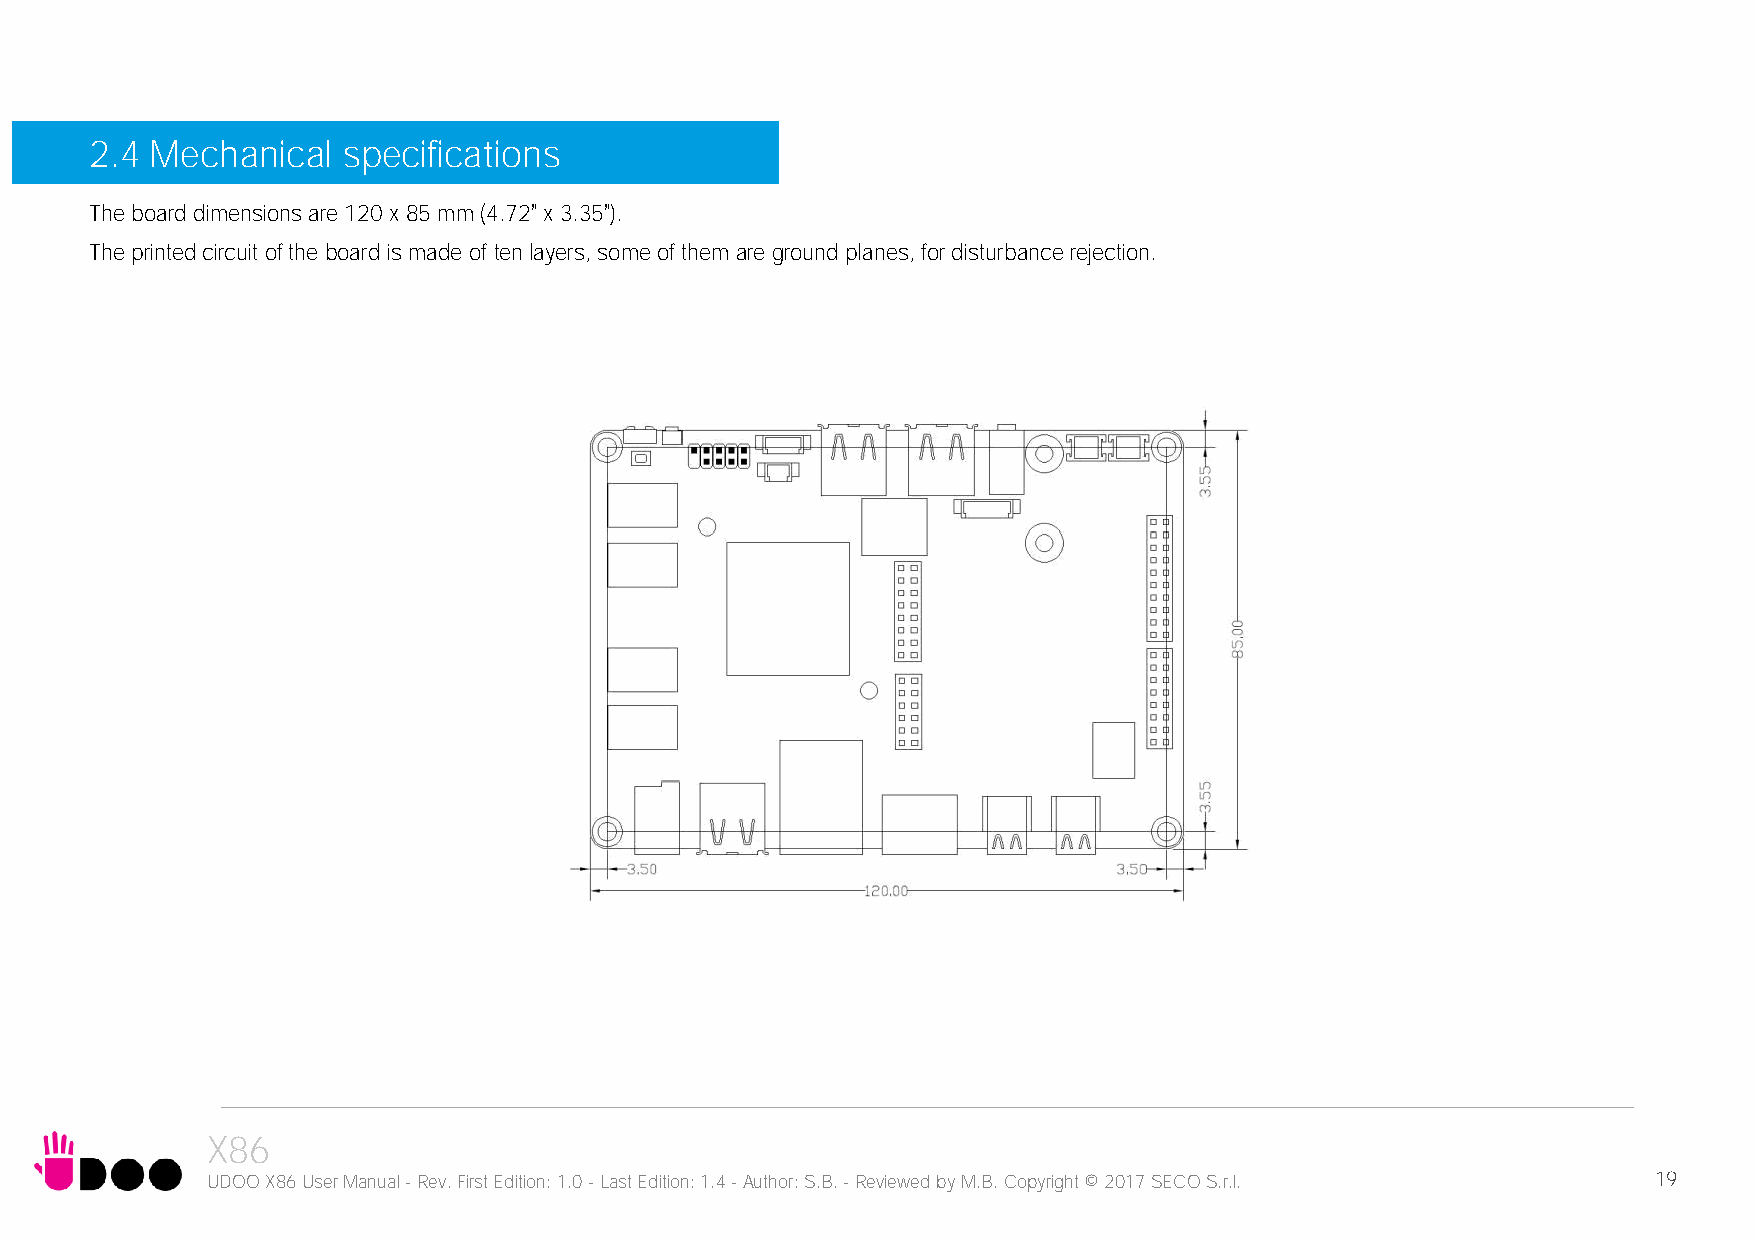
2.4 Mechanical   specifications
 The board dimensions are 120 x 85 mm (4.72” x 3.35”).
 The printed circuit of the board is made of ten layers, some of them are ground planes, for disturbance rejection.
 X86
 UDOO X86 User Manual - Rev. First Edition: 1.0 - Last Edition: 1.4 - Author: S.B. - Reviewed by M.B. Copyright © 2017 SECO S.r.l. 19